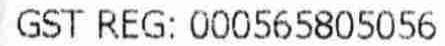
GST REG: 000565805056